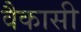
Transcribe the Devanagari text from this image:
वैकासी